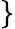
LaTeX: \}